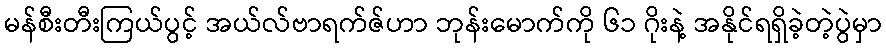
မန်စီးတီးကြယ်ပွင့် အယ်လ်ဗာရက်ဇ်ဟာ ဘုန်းမောက်ကို ၆၁ ဂိုးနဲ့ အနိုင်ရရှိခဲ့တဲ့ပွဲမှာ